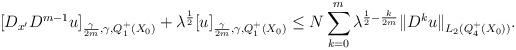
LaTeX: \begin{align*}[D_{x^\prime}D^{m-1} u]_{\frac{\gamma}{2m},\gamma, Q_1^+(X_0)}+\lambda^{\frac{1}{2}}[u]_{\frac{\gamma}{2m},\gamma, Q_1^+(X_0)} \le N\sum_{k=0}^m\lambda^{\frac{1}{2}-\frac{k}{2m}}\|D^k u\|_{L_2(Q_4^+(X_0))}.\end{align*}